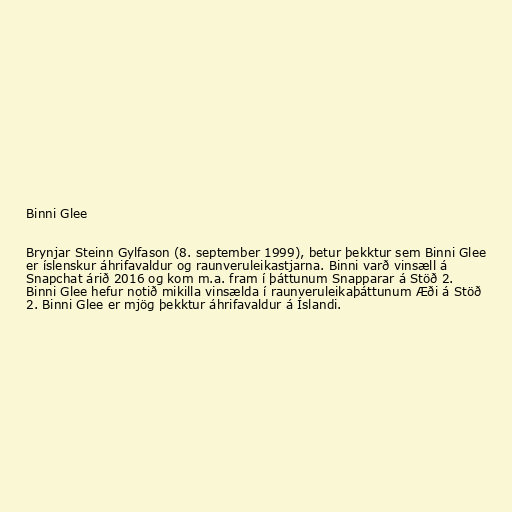
Binni Glee

Brynjar Steinn Gylfason (8. september 1999), betur þekktur sem Binni Glee
er íslenskur áhrifavaldur og raunveruleikastjarna. Binni varð vinsæll á
Snapchat árið 2016 og kom m.a. fram í þáttunum Snapparar á Stöð 2.
Binni Glee hefur notið mikilla vinsælda í raunveruleikaþáttunum Æði á Stöð
2. Binni Glee er mjög þekktur áhrifavaldur á Íslandi.